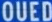
OUVED